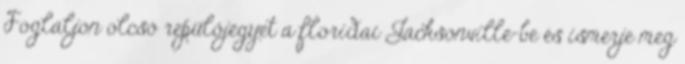
Foglaljon olcsó repülőjegyet a floridai Jacksonville-be és ismerje meg